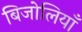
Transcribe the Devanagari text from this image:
बिजोलियाँ